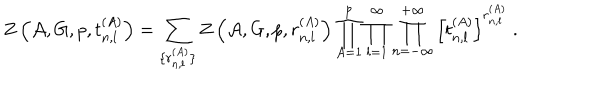
LaTeX: Z \left( { \cal A } , G , p , t _ { n , l } ^ { ( A ) } \right) = \sum _ { \{ r _ { n , l } ^ { ( A ) } \} } Z \left( { \cal A } , G , p , r _ { n , l } ^ { ( A ) } \right) \prod _ { A = 1 } ^ { p } \prod _ { l = 1 } ^ { \infty } \prod _ { n = - \infty } ^ { + \infty } \left[ t _ { n , l } ^ { ( A ) } \right] ^ { r _ { n , l } ^ { ( A ) } } ~ .